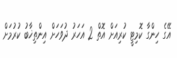
އޭގެ ހިންގާ ކޮމިޓީ ކުރިއަށް އޮތް 2 އަހަރު ދުވަހަށް އިންތިޚާބު ކުރުމަށް